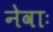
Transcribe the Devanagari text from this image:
नेवाः